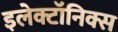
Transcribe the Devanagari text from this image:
इलेक्टॉनिक्स